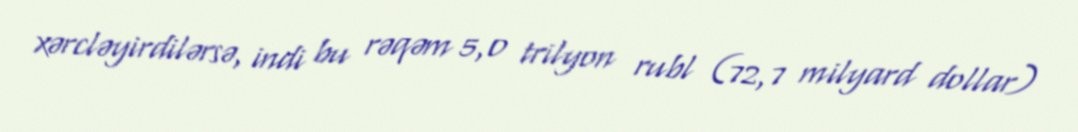
xərcləyirdilərsə, indi bu rəqəm 5,0 trilyon rubl (72,7 milyard dollar)